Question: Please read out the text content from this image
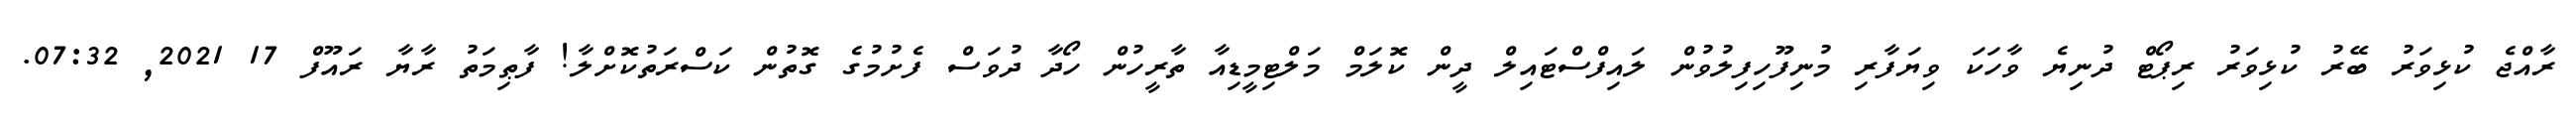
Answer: ރާއްޖެ ކުޅިވަރު ބޭރު ކުޅިވަރު ރިޕޯޓް ދުނިޔެ ވާހަކަ ވިޔަފާރި މުނިފޫހިފިލުވުން ލައިފްސްޓައިލް ދީން ކޮލަމް މަލްޓިމީޑިއާ ތާރީހުން ހޯދާ ދުވަސް ފެށުމުގެ ގޮތުން ކަސްރަތުކޮށްލާ! ފާޠިމަތު ރާޔާ ރައޫފް 17 2021, 07:32.